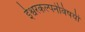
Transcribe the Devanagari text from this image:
ईश्वरकल्पनेविषयी